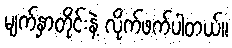
မျက်နှာတိုင်းနဲ့ လိုက်ဖက်ပါတယ်။